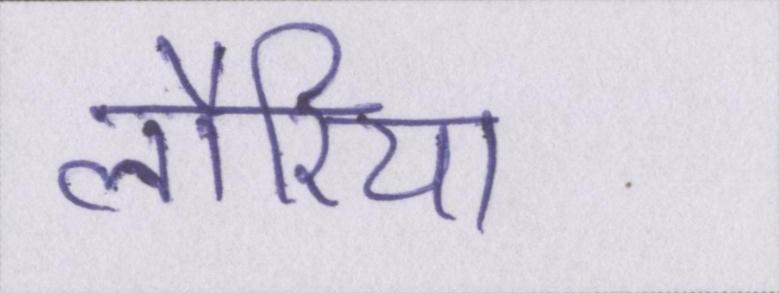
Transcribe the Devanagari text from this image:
लौरिया